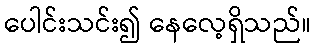
ပေါင်းသင်း၍ နေလေ့ရှိသည်။